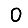
Digit: 0